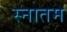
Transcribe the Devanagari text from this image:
स्नातम